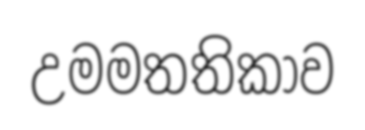
උමමතතිකාව